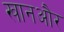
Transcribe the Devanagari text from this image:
खानऔर